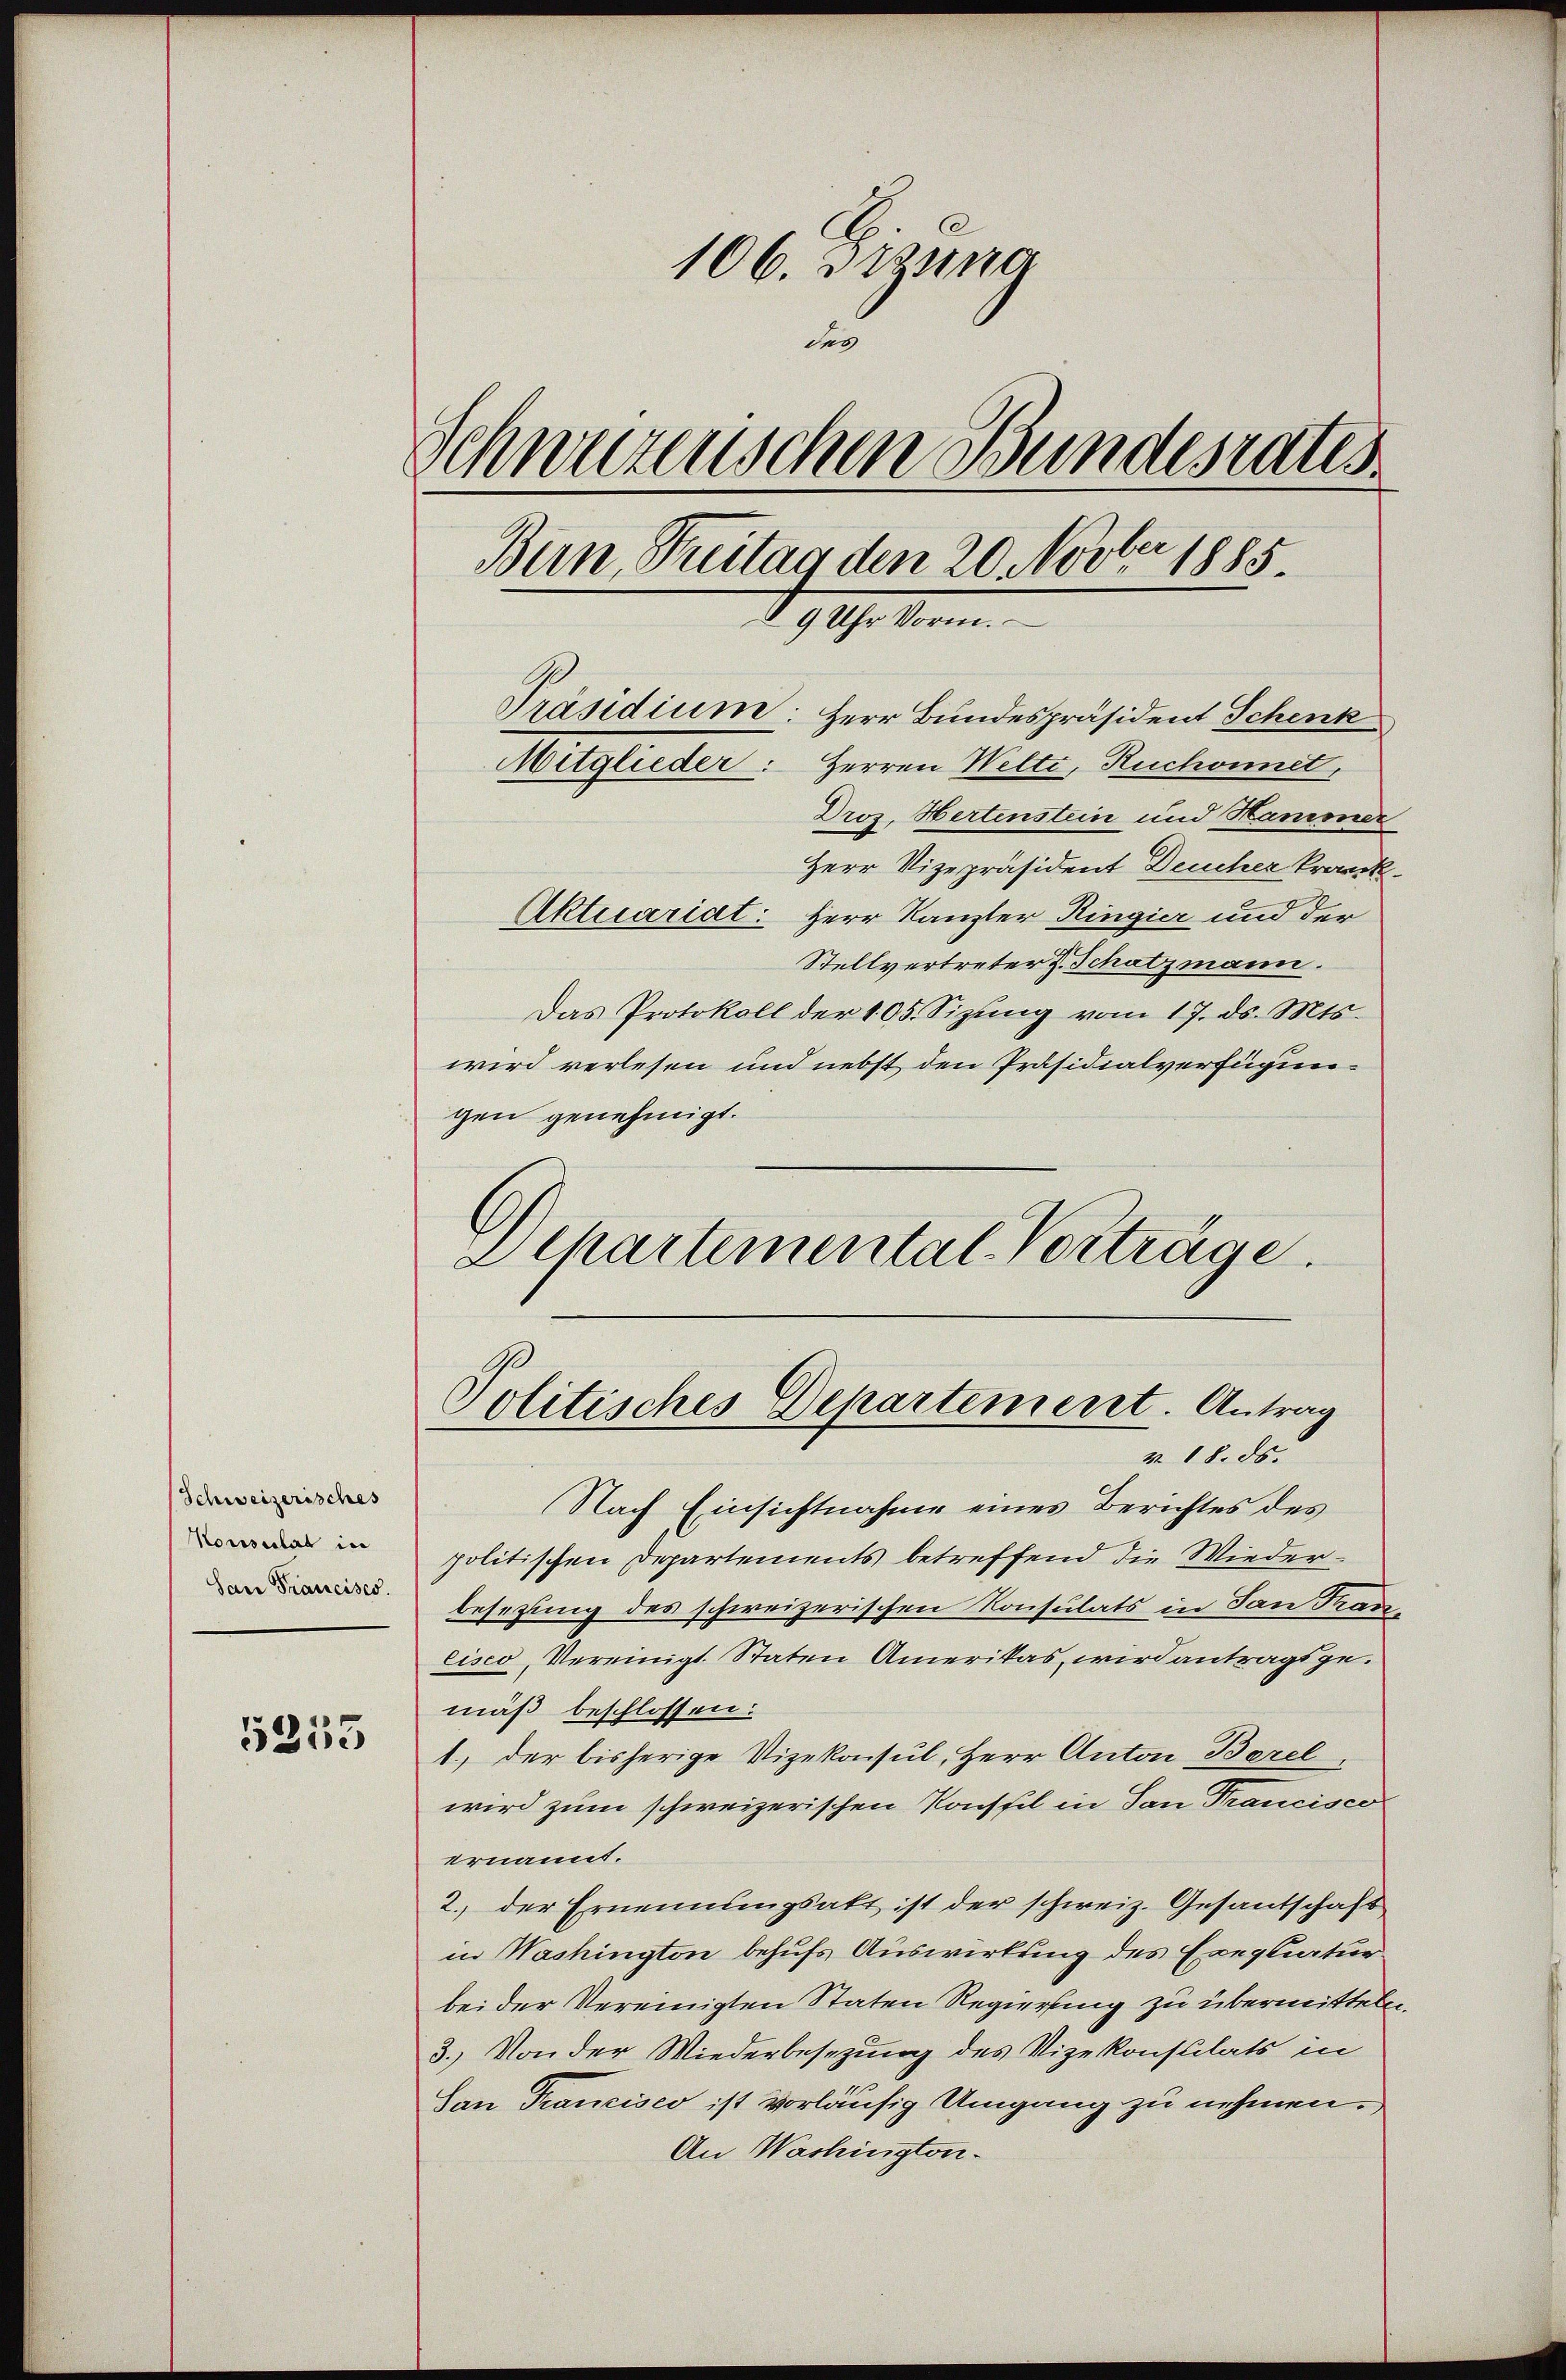
Schweizerisches
Konsulat in
San Francisco

5253

106. Dizina
des
Schwurzenschen Bundesrates
Bern, Freitag den 20. Novber 1885
9 Uhr Vorm.
Präsidium: Herr Bundespräsident Schenk
Herren Welti, Ruchornet,
Mitglieder:
Droz. Hertenstein und Hammer

Herr Vizepräsident Deucher krank.
Aktuariat: Herr Kanzler Ringier und der
Stellvertreter J. Schatzmann.
Das Protokoll der 105 Sizung vom 17. ds. Mts.
wird verlesen und nebst den Präsidialverfügungen genehmigt.
Departemental-Vorträge.

Politisches Departement. Antrag
v. 18. ds.

Nach Einsichtnahme eines Berichtes des
politischen Departements betreffend die Wiederbesezung des schweizerischen Konsulats in San Franeiseo, Vereinigt. Staten Amerikas, wird antragsgemäß beschlossen:
1., der bisherige Vizekonsul, Herr Anton Borel
wird zum schweizerischen Konstel in San Trancisco
ernannt.
2. der Ernennungsakt ist der schweiz. Gesantschaft
in Washington behufs Auswirkung des Exequatur
bei der Vereinigten Staten Regierung zu übermitteln.
3.) Von der Wiederbesezung des Vizekonstilats in
San Trancisco ist vorläufig Umgang zu nehmen.
An Washington¬